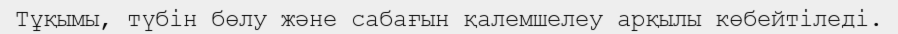
Тұқымы, түбін бөлу және сабағын қалемшелеу арқылы көбейтіледі.